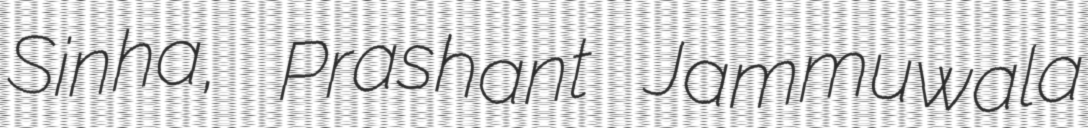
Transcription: Sinha, Prashant Jammuwala